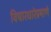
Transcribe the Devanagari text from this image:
विचारधारेप्रमाणे